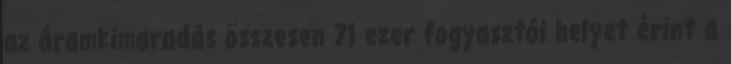
az áramkimaradás összesen 71 ezer fogyasztói helyet érint a